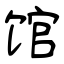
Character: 馆